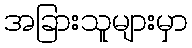
အခြားသူများမှာ